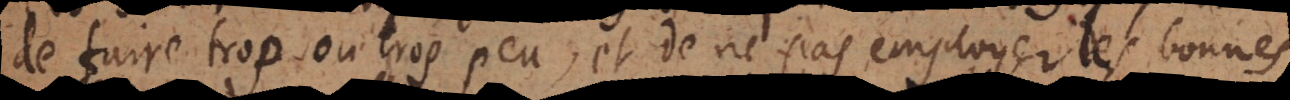
de faire trop ou trop peu, et ne pas employer des